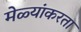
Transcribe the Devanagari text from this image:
मेळ्यांकरता